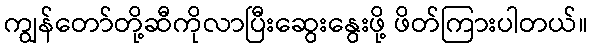
ကျွန်တော်တို့ဆီကိုလာပြီးဆွေးနွေးဖို့ ဖိတ်ကြားပါတယ်။